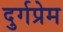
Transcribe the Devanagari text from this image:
दुर्गप्रेम